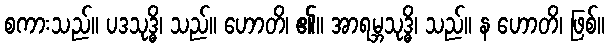
စကားသည်။ ပဒသုဒ္ဓိ၊ သည်။ ဟောတိ၊ ၏။ အာရမ္ဘသုဒ္ဓိ၊ သည်။ န ဟောတိ၊ ဖြစ်။